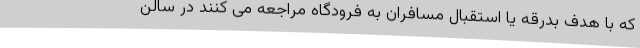
که با هدف بدرقه یا استقبال مسافران به فرودگاه مراجعه می کنند در سالن